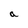
Character: a